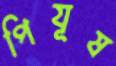
পিযূষ